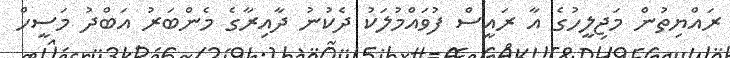
ރައްޔިތުން މަޖިލީހުގެ އާ ރައީސް ފުވައްމުލަކު ދެކުނު ދާއިރާގެ މެންބަރު އަބްދު މަސީހް